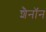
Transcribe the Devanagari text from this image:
शैनॉन